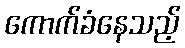
ကောက်ခံနေသည့်